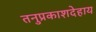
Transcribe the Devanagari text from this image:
तनुप्रकाशदेहाय